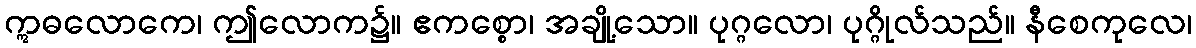
ဣဓလောကေ၊ ဤလောက၌။ ဧကစ္စော၊ အချို့သော။ ပုဂ္ဂလော၊ ပုဂ္ဂိုလ်သည်။ နီစေကုလေ၊